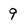
Character: 9